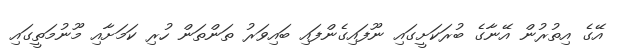
އޭގެ އިތުރުން އޭނާގެ ބުރަކަށީގައި ނޫފައިގެންފައި ބައިވަރު ތަންތަން ހުރި ކަމަށާއި މޫނުމަތީގައި